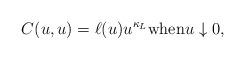
LaTeX: \begin{align*}C(u,u)= \ell(u) u^{\kappa_L} \textrm{when} u\downarrow 0,\end{align*}